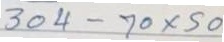
304 - 70 x 50